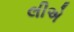
લીએ